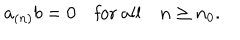
a _ { ( n ) } b = 0 \quad \mathrm { f o r ~ a l l } \quad n \geq n _ { 0 } .